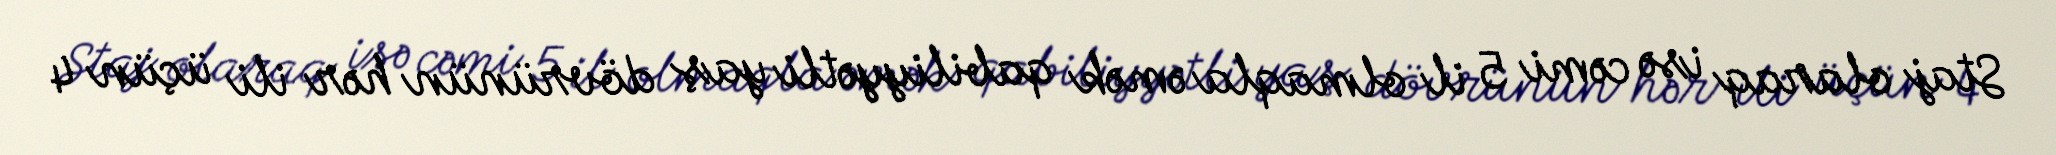
Staj olaraq isə cəmi 5 il olmaqla əmək qabiliyyətli yaş dövrünün hər ili üçün 4